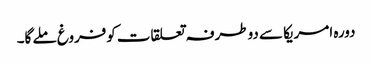
دورہ امریکا سے دوطرفہ تعلقات کوفروغ ملے گا۔